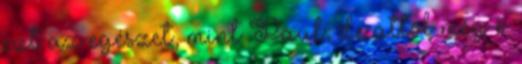
ezt az egészet, mint Paul, de attól még ő